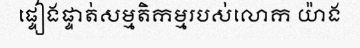
ផ្ទៀងផ្ទាត់សម្មតិកម្មរបស់លោក យ៉ាង